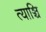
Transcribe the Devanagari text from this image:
त्याञ्चि